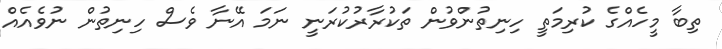
ތިބާ މީހެއްގެ ކުރިމަތީ ހިނިތުންވުން ތަކުރާރުކުރަނީ ނަމަ އޭނާ ވެސް ހިނިތުން ނުވެއެއް